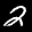
Label: 2